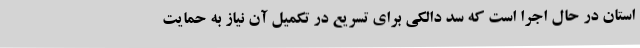
استان در حال اجرا است که سد دالکی برای تسریع در تکمیل آن نیاز به حمایت